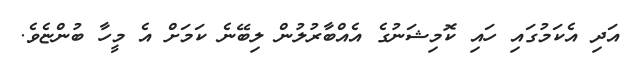
އަދި އެކަމުގައި ހައި ކޮމިޝަނުގެ އެއްބާރުލުން ލިބޭނެ ކަމަށް އެ މީހާ ބުންޏެވެ.